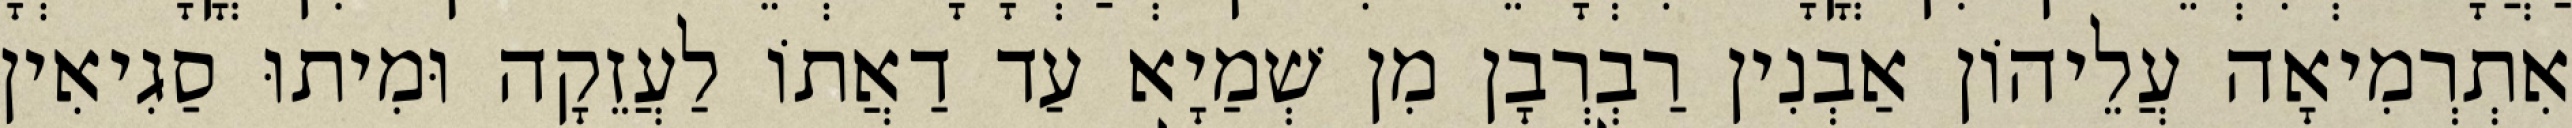
אִתְרְמִיאָה עֲלֵיהוֹן אַבְנִין רַבְרְבָן מִן שְׁמַיָא עַד דַאֲתוֹ לַעֲזֵקָה וּמִיתוּ סַגִיאִין